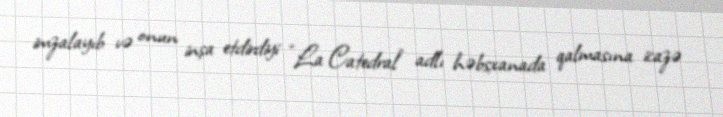
imzalayıb və onun inşa etdirdiyi “La Catedral” adlı həbsxanada qalmasına icazə